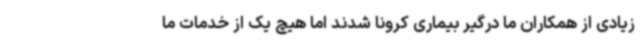
زیادی از همکاران ما درگیر بیماری کرونا شدند اما هیچ یک از خدمات ما